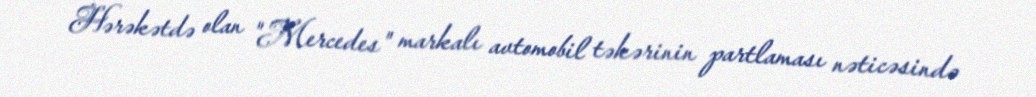
Hərəkətdə olan "Mercedes" markalı avtomobil təkərinin partlaması nəticəsində